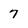
Character: 7